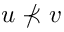
u \not \prec v